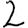
Digit: 2